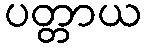
ပတ္တာယ